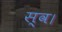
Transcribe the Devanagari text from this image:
स्‍व।